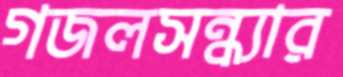
গজলসন্ধ্যার